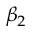
\beta _ { 2 }